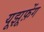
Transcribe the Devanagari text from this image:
यूझूफ़ेंग